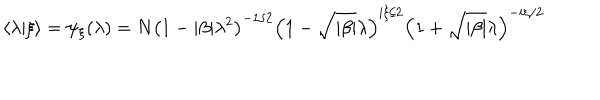
\langle \lambda \vert \xi \rangle = \psi _ { \xi } ( \lambda ) = N \left( 1 - \vert \beta \vert \lambda ^ { 2 } \right) ^ { - 1 / 2 } \left( 1 - \sqrt { \vert \beta \vert } \lambda \right) ^ { i \xi / 2 } \left( 1 + \sqrt { \vert \beta \vert } \lambda \right) ^ { - i \xi / 2 }